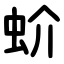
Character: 蚧